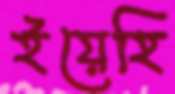
ইয়েহি